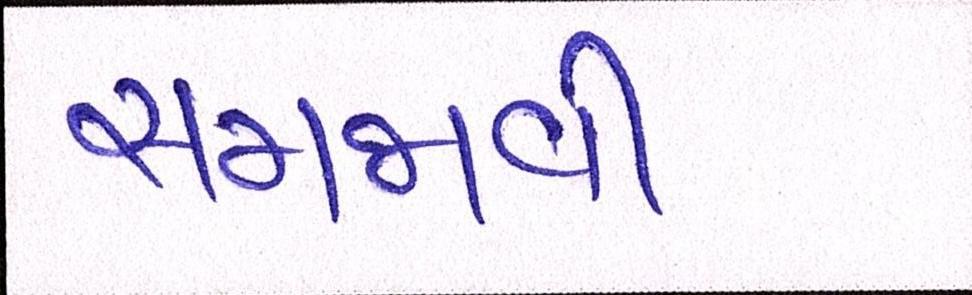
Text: સમજાવી